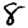
Digit: 8